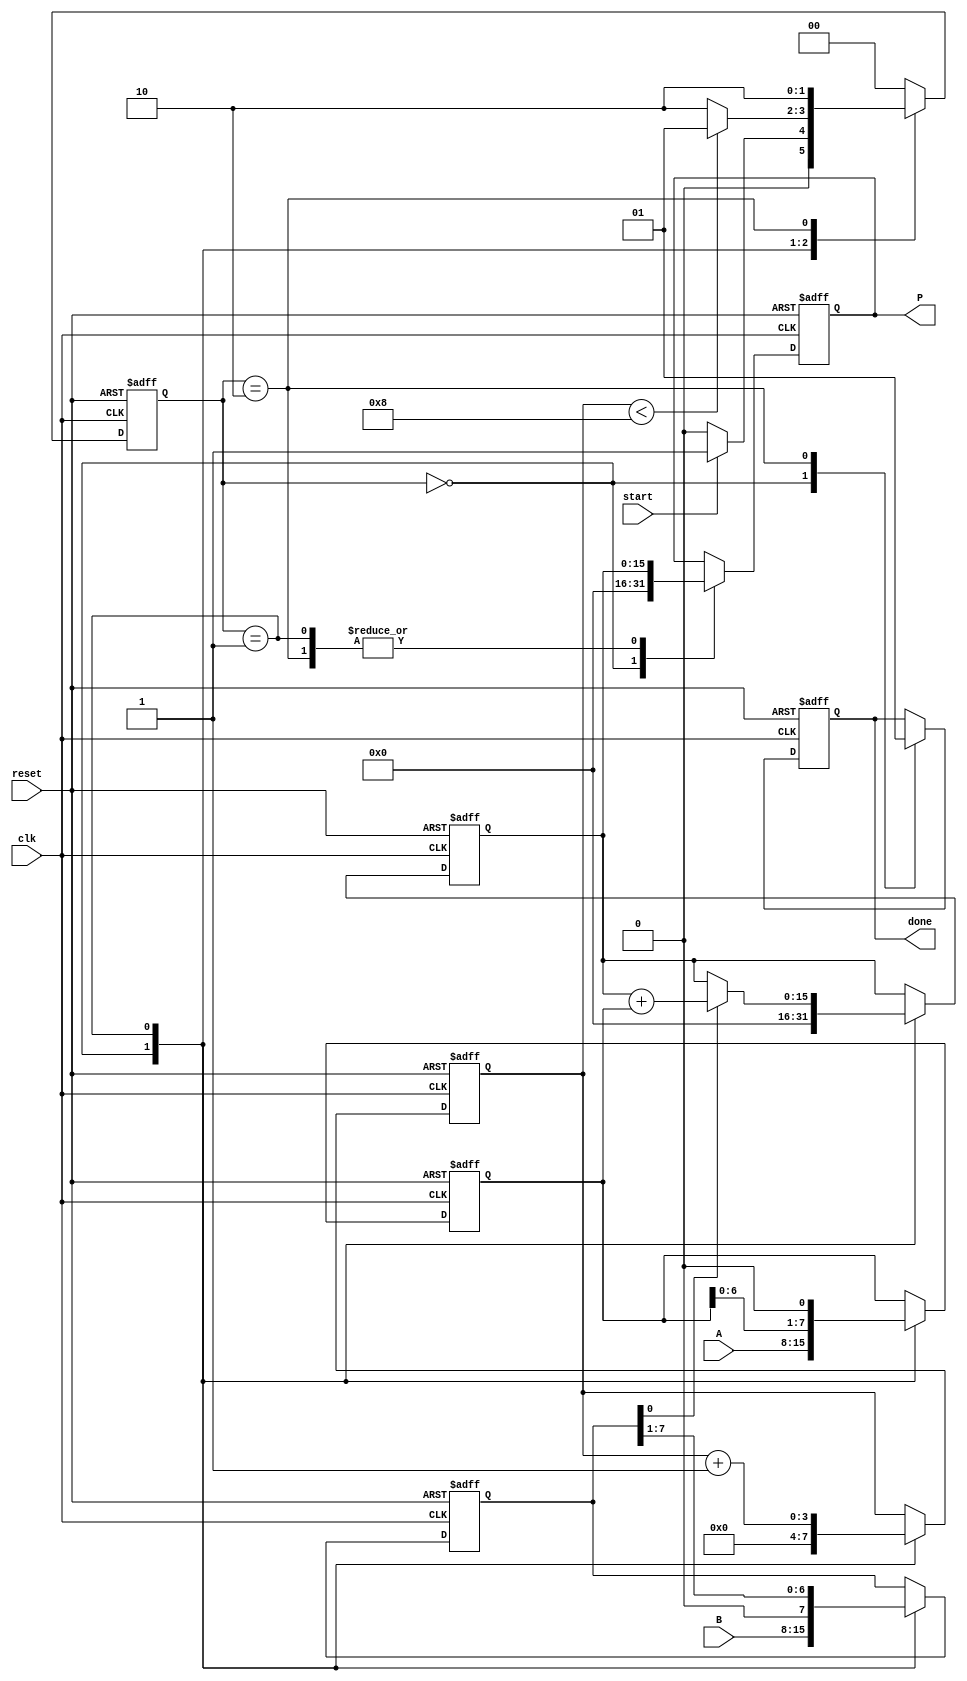
module radix2_multiplier #(parameter N = 8) (
    input wire [N-1:0] A,      // Multiplicand
    input wire [N-1:0] B,      // Multiplier
    input wire start,           // Start signal for multiplication
    input wire clk,             // Clock signal
    input wire reset,           // Reset signal
    output reg [2*N-1:0] P,     // Product output
    output reg done             // Done signal
);

    reg [N-1:0] multiplicand;
    reg [N-1:0] multiplier;
    reg [2*N-1:0] product;
    reg [3:0] count;            // Count for the number of bits processed

    // State definitions
    localparam IDLE = 2'b00,
               SHIFT_ADD = 2'b01,
               DONE = 2'b10;
               
    reg [1:0] state, next_state;

    // State transition logic
    always @(posedge clk or posedge reset) begin
        if (reset) begin
            state <= IDLE;
        end else begin
            state <= next_state;
        end
    end

    // Next state logic
    always @(*) begin
        case (state)
            IDLE: begin
                if (start) begin
                    next_state = SHIFT_ADD;
                end else begin
                    next_state = IDLE;
                end
            end
            SHIFT_ADD: begin
                if (count < N) begin
                    next_state = SHIFT_ADD;
                end else begin
                    next_state = DONE;
                end
            end
            DONE: begin
                next_state = DONE;
            end
            default: next_state = IDLE;
        endcase
    end

    // Output and multiplication logic
    always @(posedge clk or posedge reset) begin
        if (reset) begin
            P <= 0;
            product <= 0;
            multiplicand <= 0;
            multiplier <= 0;
            count <= 0;
            done <= 0;
        end else begin
            case (state)
                IDLE: begin
                    P <= 0;
                    product <= 0;
                    multiplicand <= A;   // Load multiplicand
                    multiplier <= B;     // Load multiplier
                    count <= 0;
                    done <= 0;
                end
                SHIFT_ADD: begin
                    if (multiplier[0] == 1) begin
                        product <= product + multiplicand; // Add if LSB of multiplier is 1
                    end
                    // Shift multiplicand left (multiply by 2)
                    multiplicand <= multiplicand << 1;
                    // Shift multiplier right (divide by 2)
                    multiplier <= multiplier >> 1;
                    count <= count + 1;  // Increment count
                    P <= product;         // Update product output
                end
                DONE: begin
                    P <= product;         // Final product output
                    done <= 1;           // Set done signal
                end
            endcase
        end
    end
endmodule